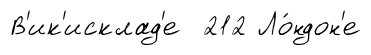
В'ик'исклад'е 212 Ло́ндон'е